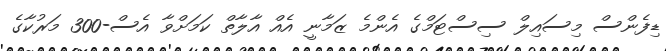
ޑިފެންސް މިސައިލް ސިސްޓަމްގެ އެންމެ ޒަމާނީ އެއް އާލާތް ކަމަށްވާ އެސް-300 މަރުކާގެ